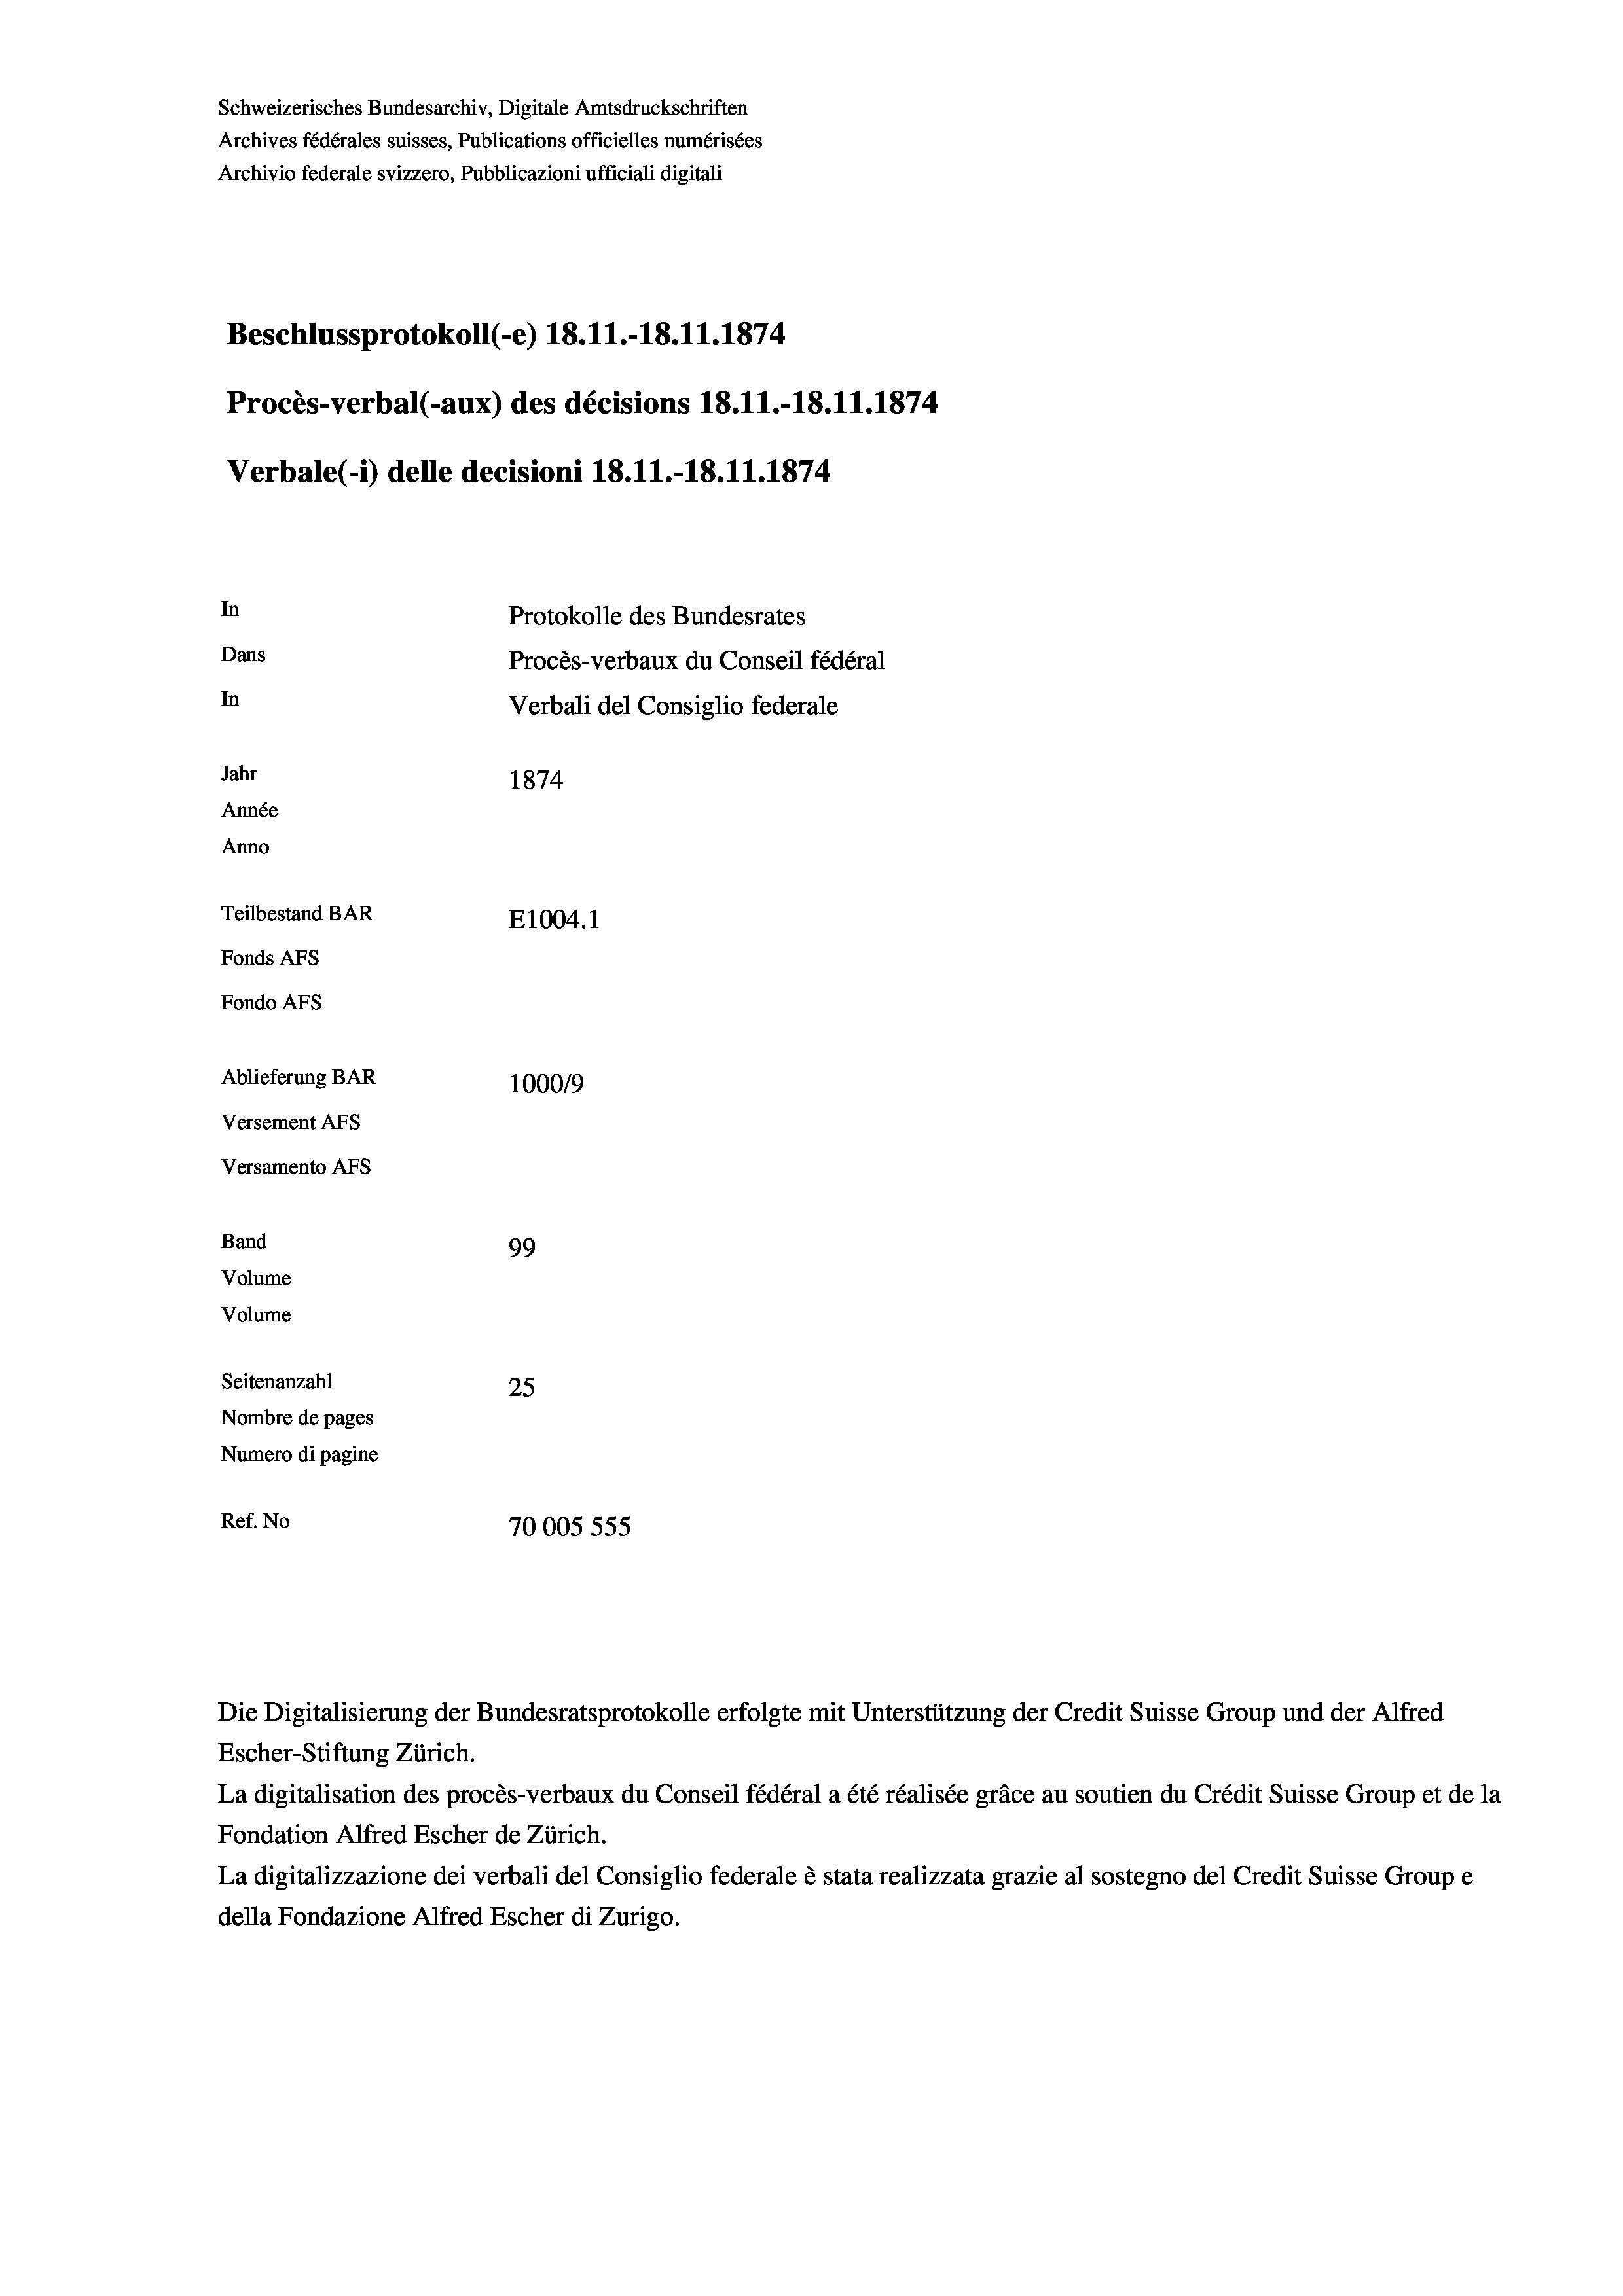
Schweizerisches Bundesarchiv, Digitale Amtsdruckschriften
Archives fédérales suisses, Publications officielles numérisées
Archivio federale svizzero, Pubblicazioni ufficiali digitali
Beschlussprotokoll (-e) 18.11.-18.11.1874
Procès-verbal (-aux) des décisions 18.11.-18.11.1874.
Verbale (i) delle decisioni 18.11.-18.11.1874
In
Protokolle des Bundesrates
Dans
Procès-verbaux du Conseil fédéral
In
Verbali del Consiglio federale
Jahr
1874
Année
Anno
Teilbestand BAR
E1004. 1
Fonds AFs
Fondo Afs
Ablieferung BAR
1000/9
Versement AFs
Versamento Afs
Band
99
Volume
Volume
 x
Seitenanzahl
25
Nombre de pages
Numero di pagine
Ref. No
70005 555

Die Digitalisierung der Bundesratsprotokolle erfolgte mit Unterstützung der Credit Suisse Group und der Alfred
Escher-Stiftung Zürich.
La digitalisation des procès-verbaux du Conseil fédéral a été réalisée gräce au soutien du Crédit Suisse Group et de la
Fondation Alfred Escher de Zürich.
La digitalizzazione dei verbali del Consiglio federale è stata realizzata grazie al sostegno del Credit Suisse Groupe
della Fondazione Alfred Escher di Zurigo.